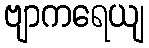
ဗျာကရေယျ